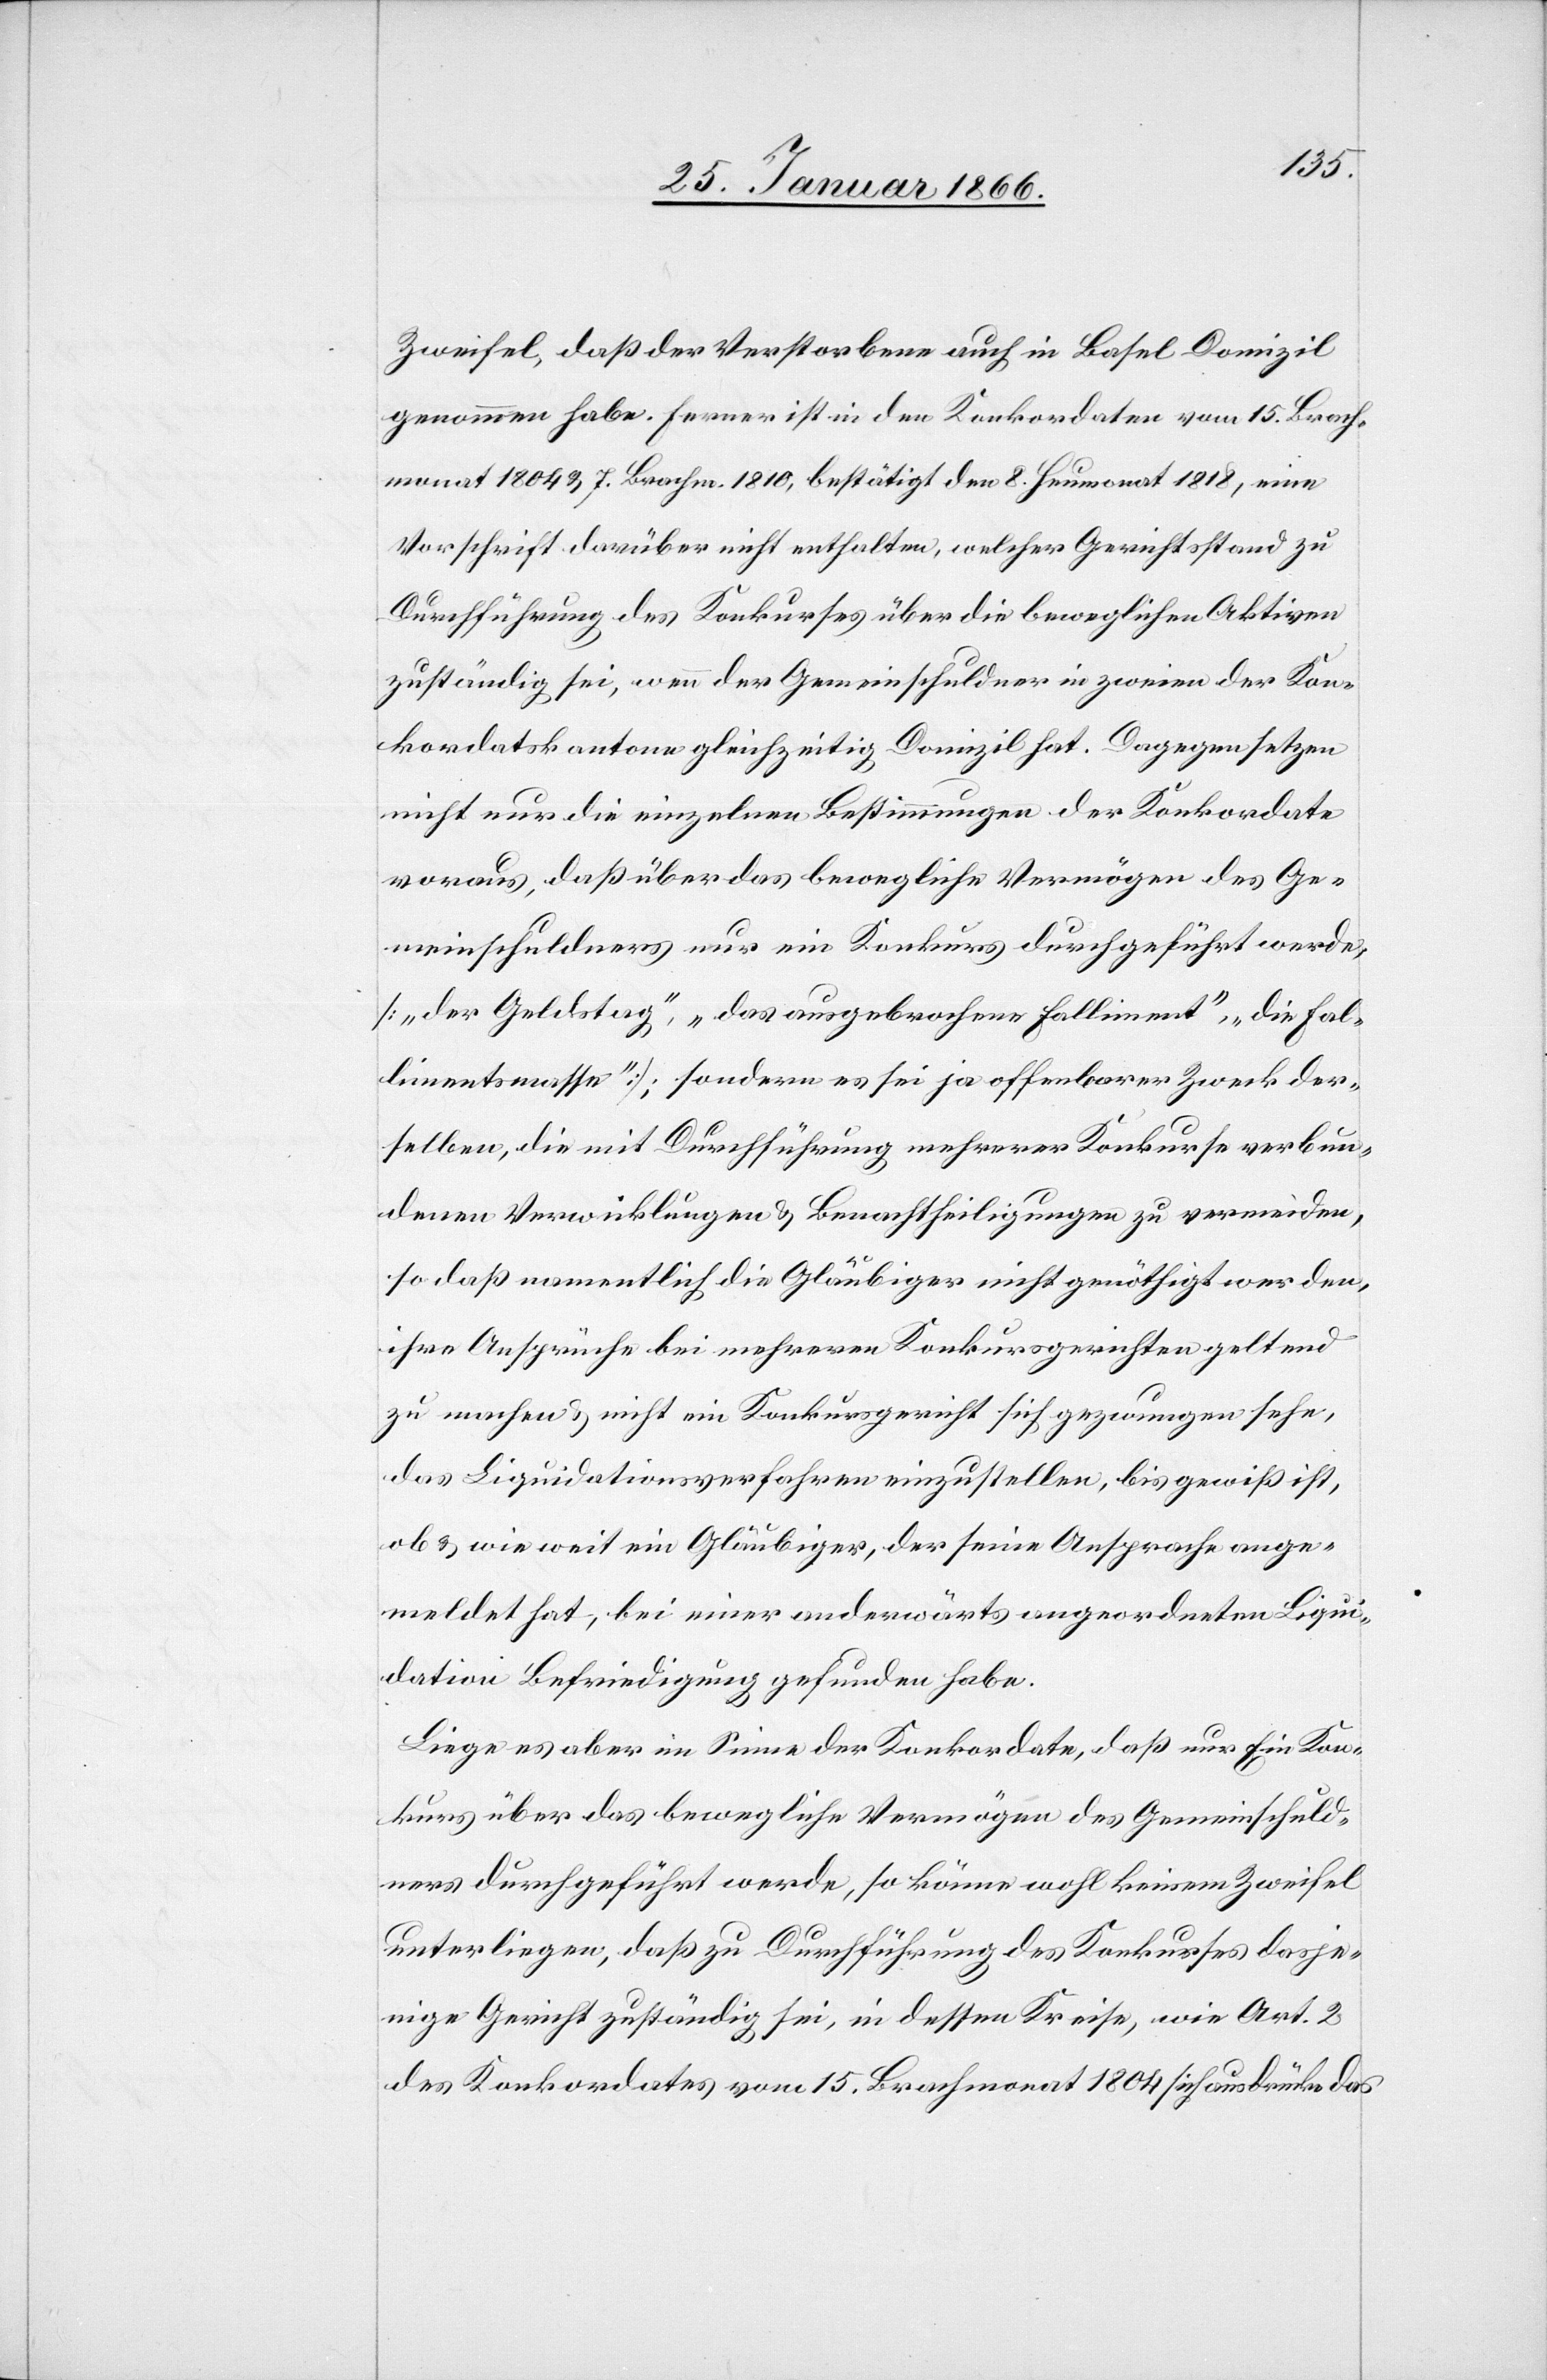
Zweifel, daß der Verstorbene auch in Basel Domizil
genommen habe. Ferner ist in den Konkordaten vom 15. Brach¬
monat 1804 u. 7. Brachm. 1810, bestätigt den 8. Heumonat 1818, eine
Vorschrift darüber nicht enthalten, welcher Gerichtsstand zu
Durchführung des Konkurses über die beweglichen Aktiven
zuständig sei, wenn der Gemeinschuldner in zweien der Kon¬
kordatskantone gleichzeitig Domizil hat. Dagegen setzen
nicht nur die einzelnen Bestimmungen der Konkordate
voraus, daß über das bewegliche Vermögen des Ge¬
meinschuldners nur ein Konkurs durchgeführt werde
[„der Geldstag“, „das ausgebrochene Falliment“, „die Fal¬
limentsmasse“]; sondern es sei ja offenbarer Zweck der¬
selben, die mit Durchführung mehrerer Konkurse verbun¬
denen Verwicklungen u. Benachtheiligungen zu vermeiden,
so daß namentlich die Gläubiger nicht genöthigt werden,
ihre Ansprüche bei mehreren Konkursgerichten geltend
zu machen u. nicht ein Konkursgericht sich gezwungen sehe,
das Liquidationsverfahren einzustellen, bis gewiß ist,
ob u. wie weit ein Gläubiger, der seine Ansprache ange¬
meldet hat, bei einer anderwärts angeordneten Liqui¬
dation Befriedigung gefunden habe.
Liege es aber im Sinne der Konkordate, daß nur Ein Kon¬
kurs über das bewegliche Vermögen des Gemeinschuld¬
ners durchgeführt werde, so könne wohl keinem Zweifel
unterliegen, daß zu Durchführung des Konkurses dasje¬
nige Gericht zuständig sei, in dessen Kreise, wie Art. 2
des Konkordates vom 15. Brachmonat 1804 sich ausdrücke das